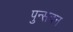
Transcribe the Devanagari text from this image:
पुन्सवन